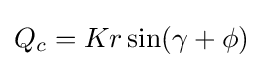
{\textstyle Q_{c}=Kr\sin(\gamma +\phi )}